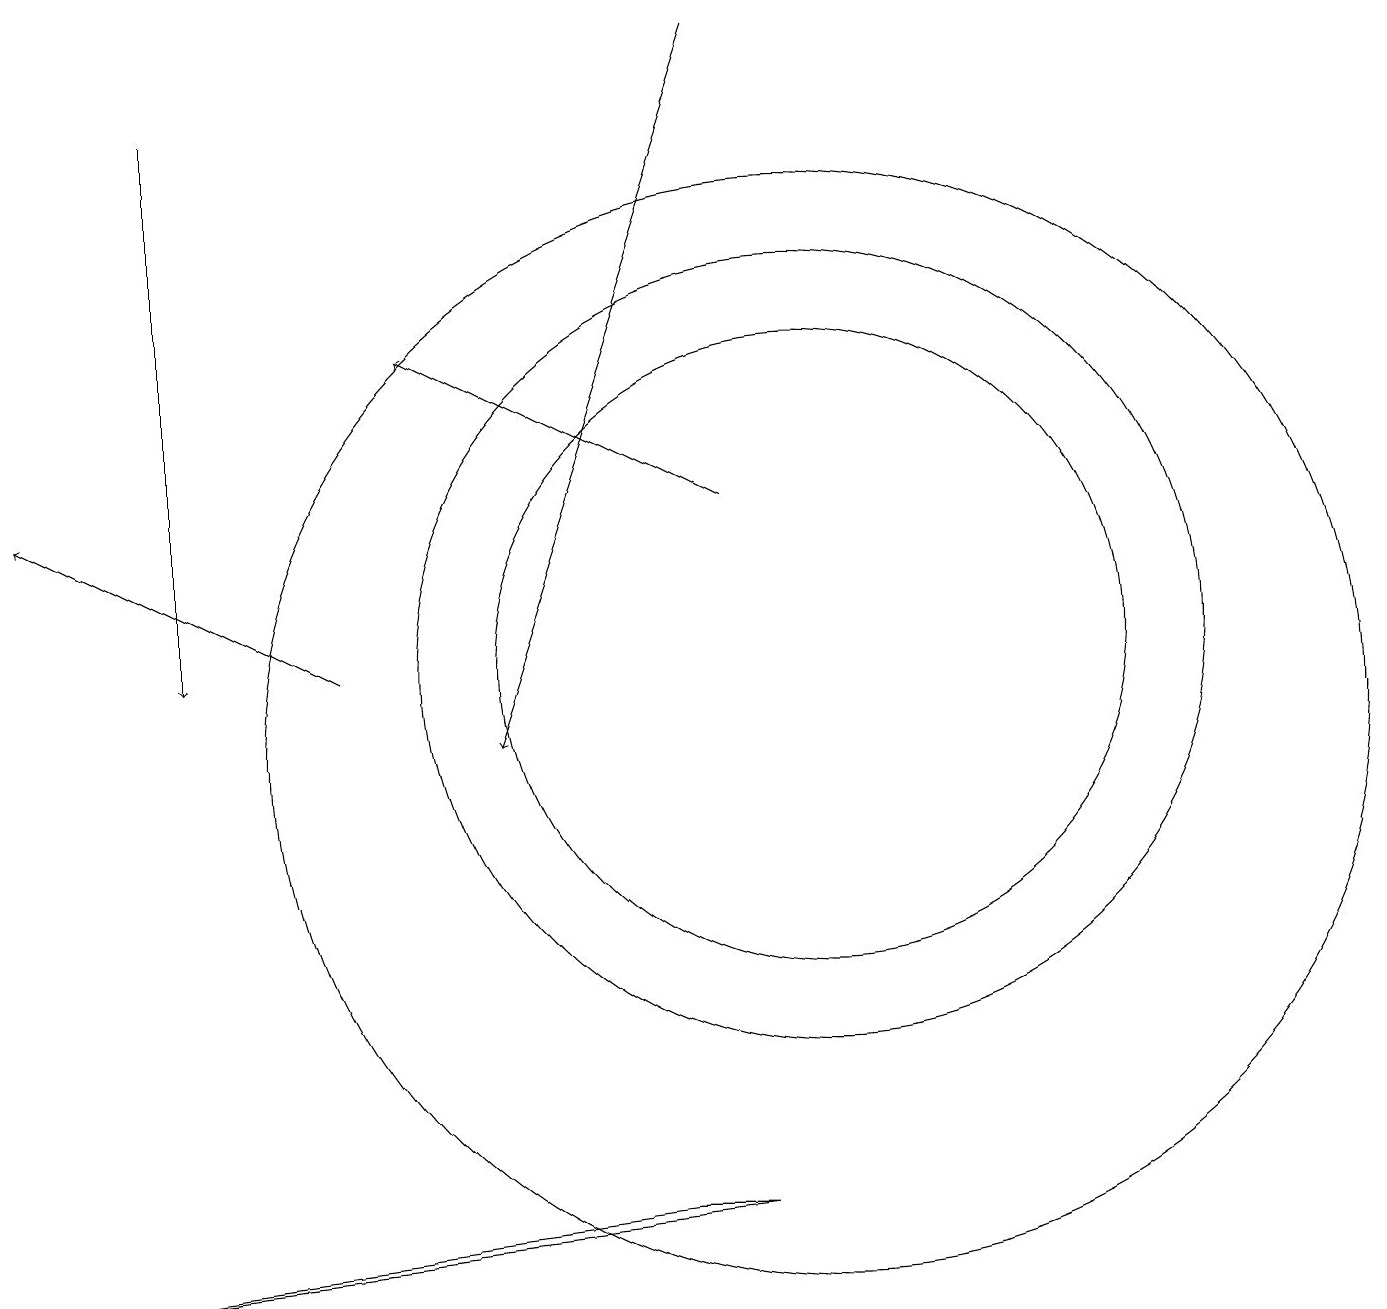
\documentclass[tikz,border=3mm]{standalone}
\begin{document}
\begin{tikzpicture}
\draw[->] (9,13) -- (5,15);
\draw[->] (4,11) -- (0,13);
\draw[->] (9,19) -- (6,10);
\draw (10,10) circle (7);
\draw (10,11) circle (5);
\draw (10,11) circle (4);
\draw (8,4) -- (0,3) -- (9,4) -- cycle;
\draw[->] (2,18) -- (2,11);
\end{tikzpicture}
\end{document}